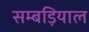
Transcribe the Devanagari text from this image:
सम्बड़ियाल